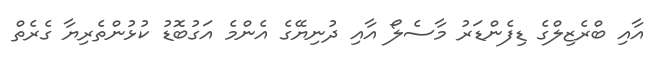
އާއި ބްރެޒިލްގެ ޑިފެންޑަރު މާސެލޯ އާއި ދުނިޔޭގެ އެންމެ އަގުބޮޑު ކުޅުންތެރިޔާ ގެރެތް